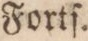
Fortſ.